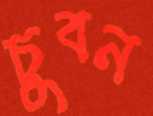
চুবন